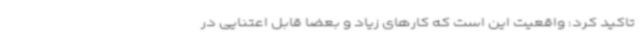
تاکید کرد: واقعیت این است که کارهای زیاد و بعضاً قابل اعتنایی در